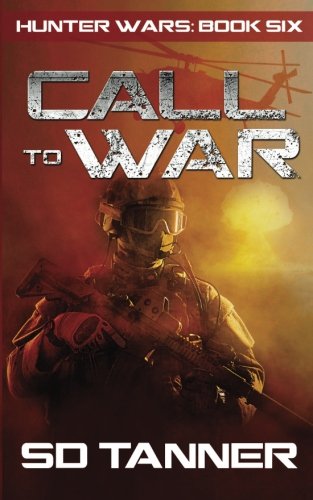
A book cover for Call to War: Hunter Wars Book Six (Volume 6); S D Tanner; Science Fiction & Fantasy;